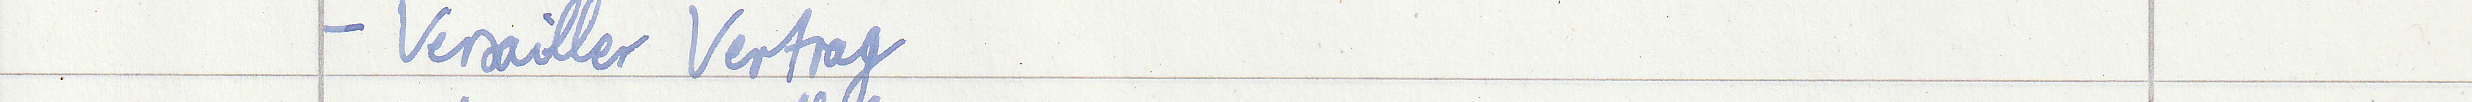
- Versailler Vertrag